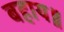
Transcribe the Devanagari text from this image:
बहाय॥